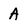
Character: A